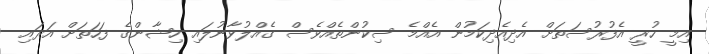
އިމީ ހުރީ އެފުރުސަތަށް އެދިއެދިކަމުން އެއްމެ ސިކުންތެއްވެސް ގެއްލުވާނުލައި ހިޝާންގެ ފަހަތަށް އަރައި